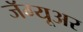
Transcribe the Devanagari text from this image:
जॅग्यूअर